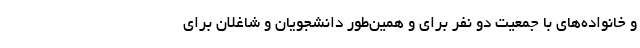
و خانواده‌های با جمعیت دو نفر برای و همین‌طور دانشجویان و شاغلان برای